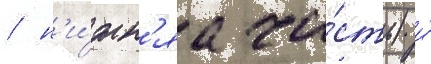
/ н'и́жн'яа ча́сть) и́